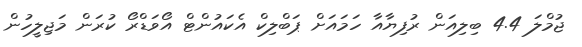
ޖުމްލަ 4.4 ބިލިއަން ރުފިޔާއާ ހަމައަށް ޕަބްލިކް އެކައުންޓް އޯވަޑްރޯ ކުރަން މަޖިލީހުން